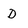
Character: D